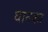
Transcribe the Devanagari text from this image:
धानका